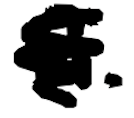
Text: R.
Cross-out: scratch
Writing tool: digital_black